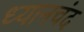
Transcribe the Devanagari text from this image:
ध्‍यानचंद